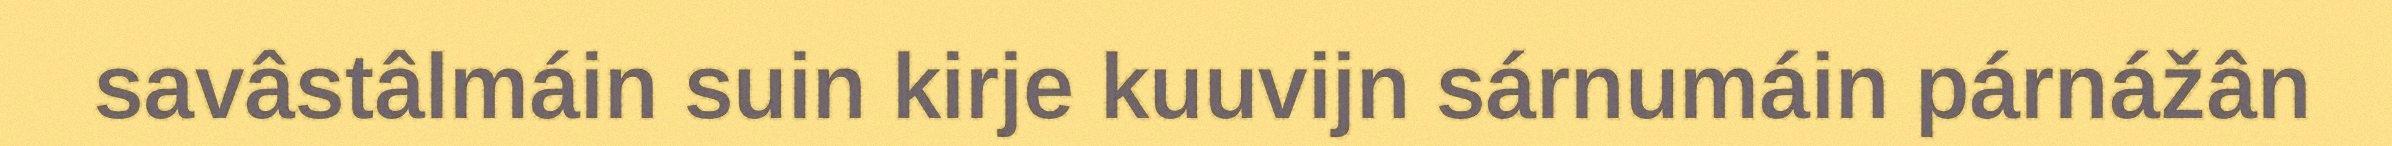
savâstâlmáin suin kirje kuuvijn sárnumáin párnážân